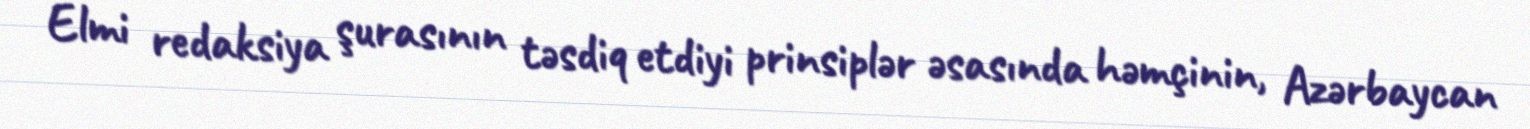
Elmi redaksiya şurasının təsdiq etdiyi prinsiplər əsasında həmçinin, Azərbaycan